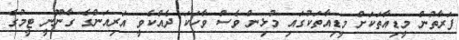
ފަރާތުން މީޑިއާތަކަށް މީޑިއާތަކުގައި މުޅިން ވެސް ވާހަކަ ދެއްކެވީ އަރިއަންގެ ގާނޫނީ ޓީމުގެ